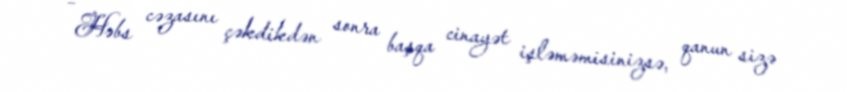
– Həbs cəzasını çəkdikdən sonra başqa cinayət işləməmisinizsə, qanun sizə